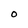
Character: O